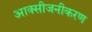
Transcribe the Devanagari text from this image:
आक्सीजनीकरण